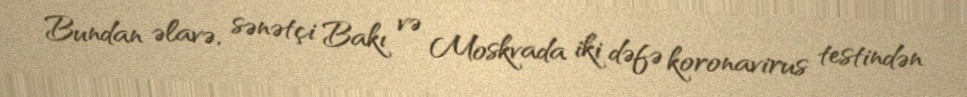
Bundan əlavə, sənətçi Bakı və Moskvada iki dəfə koronavirus testindən